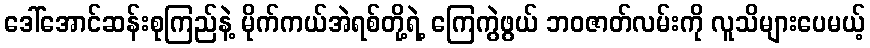
ဒေါ်အောင်ဆန်းစုကြည်နဲ့ မိုက်ကယ်အဲရစ်တို့ရဲ့ ကြေကွဲဖွယ် ဘဝဇာတ်လမ်းကို လူသိများပေမယ့်